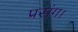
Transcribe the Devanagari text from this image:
प्रसंग।